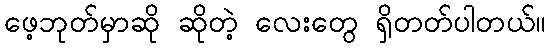
ဖေ့ဘုတ်မှာဆို ဆိုတဲ့ လေးတွေ ရှိတတ်ပါတယ်။